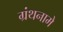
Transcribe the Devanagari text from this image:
ग्रंथनामे